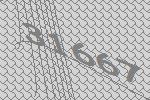
31667